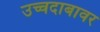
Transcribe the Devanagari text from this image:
उच्चदाबावर